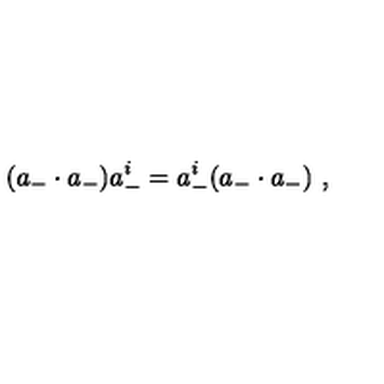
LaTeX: ( a _ { - } \cdot a _ { - } ) a _ { - } ^ { i } = a _ { - } ^ { i } ( a _ { - } \cdot a _ { - } ) \ ,